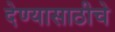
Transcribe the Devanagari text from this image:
देण्यासाठीचे